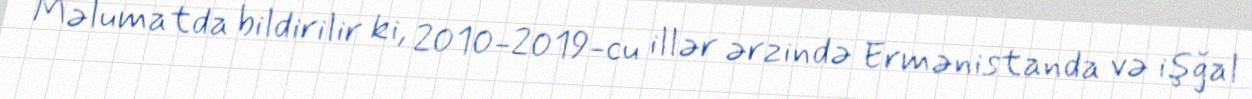
Məlumatda bildirilir ki, 2010-2019-cu illər ərzində Ermənistanda və işğal